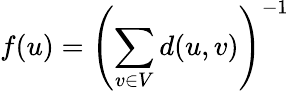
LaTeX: f(u)=\left(\sum_{v\in V}d(u,v)\right)^{-1}